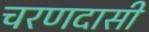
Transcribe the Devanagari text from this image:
चरणदासी